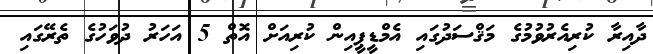
ދާއިރާ ކުރިއެރުވުމުގެ މަޤްސަދުގައި އެމްޑީޕީއިން ކުރިއަށް އޮތް 5 އަހަރު ދުވަހުގެ ތެރޭގައި